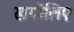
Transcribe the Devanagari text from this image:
खगोलिए